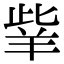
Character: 𦍧